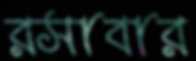
রসাবার